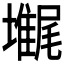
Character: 𡓋